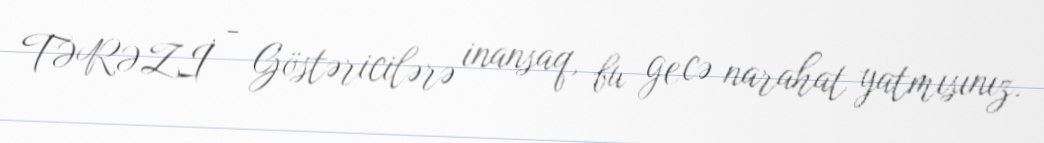
TƏRƏZİ - Göstəricilərə inansaq, bu gecə narahat yatmısınız.